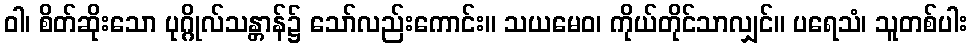
ဝါ၊ စိတ်ဆိုးသော ပုဂ္ဂိုလ်သန္တာန်၌ သော်လည်းကောင်း။ သယမေဝ၊ ကိုယ်တိုင်သာလျှင်။ ပရေသံ၊ သူတစ်ပါး